Calcutta medical institutions reports 1871-78
Year: 1871
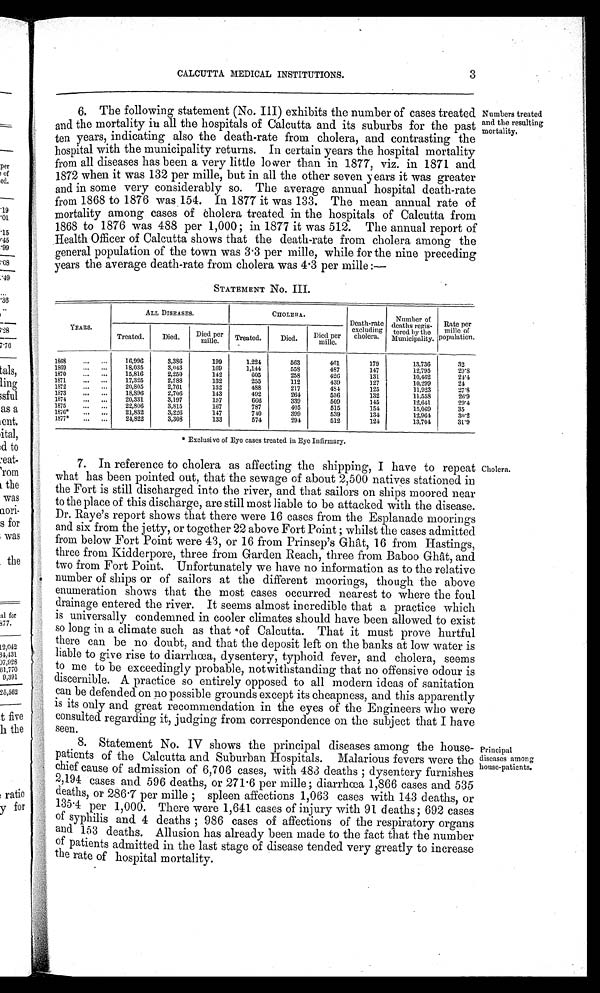
CALCUTTA MEDICAL INSTITUTIONS.
3
6. The following statement (No. III) exhibits the number of cases treated
and the mortality in all the hospitals of Calcutta and its suburbs for the past
ten years, indicating also the death-rate from cholera, and contrasting the
hospital with the municipality returns. In certain years the hospital mortality
from all diseases has been a very little lo wer than in 1877, viz. in 1871 and
1872 when it was 132 per mille, but in all the other seven years it was greater
and in some very considerably so. The average annual hospital death-rate
from 1868 to 1876 was 154. In 1877 it was 133. The mean annual rate of
mortality among cases of cholera treated in the hospitals of Calcutta from
1868 to 1876 was 488 per 1,000; in 1877 it was 512. The annual report of
Health Officer of Calcutta shows that the death-rate from cholera among the
general population of the town was 3·3 per mille, while for the nine preceding
vears the average death-rate from cholera was 4·3 per mille:—
STATEMENT No. III.
Numbers treated
and the resulting
mortality.
YEARS.
ALL DISEASES.
CHOLERA.
Death-rate
excluding
cholera.
Number of
deaths regis-
tered by the
Municipality.
Rate per mile
of
population.
Treated.
Died.
Died per
mille .
Treated.
Died.
Died per
mille
1868
...
. . .
16,996
3,386
199
1,224
563
461
179
13,736
32
1869
... ...
18,035
3,043
169
1,144
558
487
147
12,795
29·8
1870
... ...
15,816
2,250
142
605
258
426
131
10,462
24·4
1871
... ...
17,325
2,288
132
255
112
439
127
10,299
24
1872
. . .
. . .
20,805
2,761
132
488
217
484
125
11,923
27·8
1873
. . .
. . .
18,896
2,706
143
492
264
536
132
11,558
26·9
1874
. . .
. . . 20,331
3,197
157
666
339
509
145
12,641
29·4
1875
... ...
22,806
3,815
167
787
405
515
154
15,069
35
1876*
. . .
. . .
21,832
3,226
147
740
399
539
134
12,964
30·2
1877*
. . .
. . .
24,822
3,308
133
574
294
512
124
13,704
31·9
* Exclusive of Eye cases treated in Eye Infirmary.
7. In reference to cholera as affecting the shipping, I have to repeat
what has been pointed out, that the sewage of about 2,500 natives stationed in
the Fort is still discharged into the river, and that sailors on ships moored near
to the place of this discharge, are still most liable to be attacked with the disease.
Dr. Raye's report shows that there were 16 cases from the Esplanade moorings
and six from the jetty, or together 22 above Fort Point; whilst the cases admitted
from below Fort Point were 43, or 16 from Prinsep's Ghât, 16 from Hastings,
three from Kidderpore, three from Garden Reach, three from Baboo Ghât, and
two from Fort Point. Unfortunately we have no information as to the relative
number of ships or of sailors at the different moorings, though the above
enumeration shows that the most cases occurred nearest to where the foul
drainage entered the river. It seems almost incredible that a practice which
is universally condemned in cooler climates should have been allowed to exist
so long in a climate such as that of Calcutta. That it must prove hurtful
there can be no doubt, and that the deposit left on the banks at low water is
liable to give rise to diarrhœa, dysentery, typhoid fever, and cholera, seems
to me to be exceedingly probable, notwithstanding that no offensive odour is
discernible. A practice so entirely opposed to all modern ideas of sanitation
can be defended on no possible grounds except its cheapness, and this apparently
is its only and great recommendation in the eyes of the Engineers who were
consulted regarding it, judging from correspondence on the subject that I have
seen.
8. Statement No. IV shows the principal diseases among the house-
patients of the Calcutta and Suburban Hospitals. Malarious fevers were the
chief cause of admission of 6,706 cases, with 483 deaths; dysentery furnishes
2,194 cases and 596 deaths, or 271·6 per mille; diarrhœa 1,866 cases and 535
deaths, or 286·7 per mille; spleen affections 1,063 cases with 143 deaths, or
135·4 per 1,000. There were 1,641 cases of injury with 91 deaths; 692 cases
of syphilis and 4 deaths; 986 cases of affections of the respiratory organs
and 153 deaths. Allusion has already been made to the fact that the number
of patients admitted in the last stage of disease tended very greatly to increase
the rate of hospital mortality.
Cholera.
Principal
diseases among
house-patients.